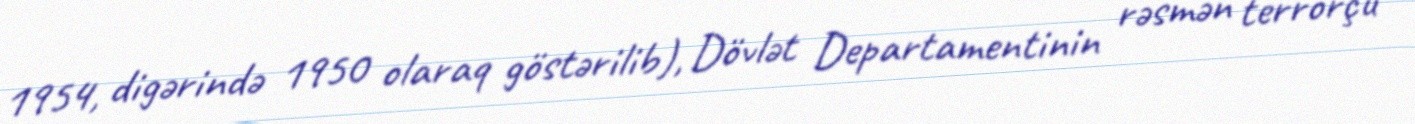
1954, digərində 1950 olaraq göstərilib), Dövlət Departamentinin rəsmən terrorçu